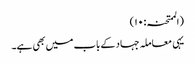
(الممتحنہ: ۱۰)
یہی معاملہ جہاد کے باب میں بھی ہے۔